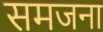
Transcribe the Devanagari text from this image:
समजना